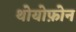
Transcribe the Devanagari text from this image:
थोयोफ़ोन